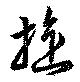
旋